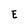
Character: E